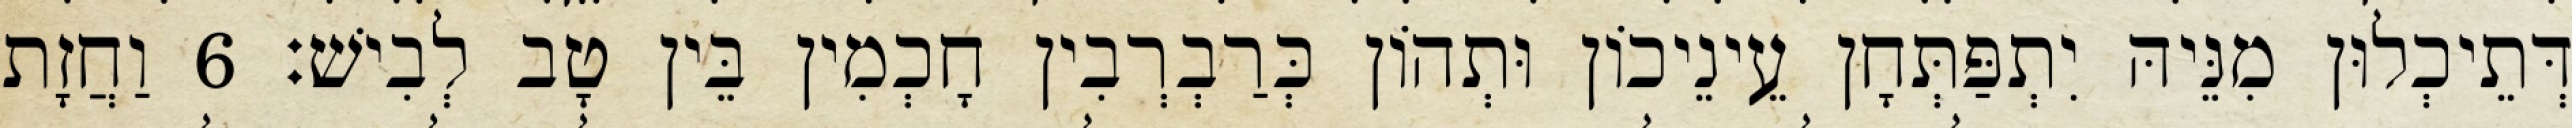
דְּתֵיכְלוּן מִנֵּיהּ יִתְפַּתְּחָן עֵינֵיכוֹן וּתְהוֹן כְּרַבְרְבִין חָכְמִין בֵּין טָב לְבִישׁ׃ 6 וַחֲזָת